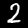
Label: 2